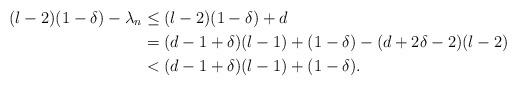
LaTeX: \begin{align*}(l-2)(1-\delta)-\lambda_n&\le (l-2)(1-\delta)+d\\&=(d-1+\delta)(l-1)+(1-\delta)-(d+2\delta-2)(l-2)\\&<(d-1+\delta)(l-1)+(1-\delta).\end{align*}